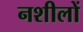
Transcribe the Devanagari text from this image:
नशीलों